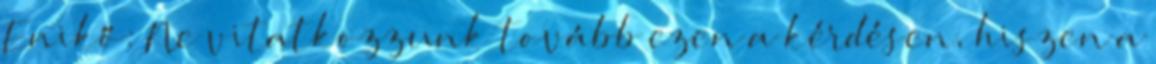
Enikő: Ne vitatkozzunk tovább ezen a kérdésen, hiszen a